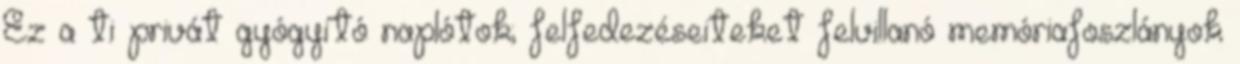
Ez a ti privát gyógyító naplótok; felfedezéseiteket felvillanó memóriafoszlányok